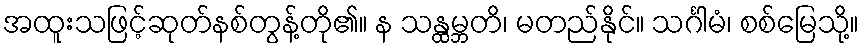
အထူးသဖြင့်ဆုတ်နစ်တွန့်တို၏။ န သန္ထမ္ဘတိ၊ မတည်နိုင်။ သင်္ဂါမံ၊ စစ်မြေသို့။